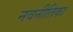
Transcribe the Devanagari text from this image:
नवनीतिका